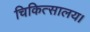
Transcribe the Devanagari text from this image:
चिकित्सालय।